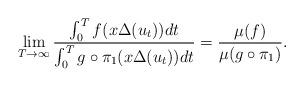
LaTeX: \begin{align*}\lim_{T\to \infty}\frac{\int_{0}^{T}f(x\Delta(u_t))dt}{\int_{0}^{T}g\circ\pi_1(x\Delta(u_t))dt}=\frac{\mu(f)}{\mu(g\circ\pi_1)}.\end{align*}